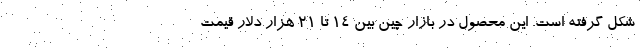
شکل گرفته است. این محصول در بازار چین بین 14 تا 21 هزار دلار قیمت